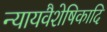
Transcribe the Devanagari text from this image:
न्यायवैशेषिकादि